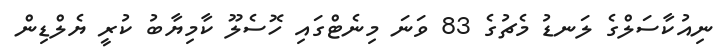
ނިއުކާސަލްގެ ލަނޑު މެޗުގެ 83 ވަނަ މިނެޓްގައި ހޮސެލޫ ކާމިޔާބު ކުރީ ޔެލްޑިން